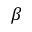
\beta